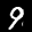
Label: 9